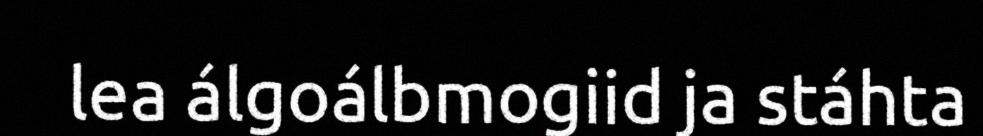
lea álgoálbmogiid ja stáhta